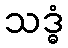
သဒ္ဓံ